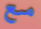
مع